Civil Veterinary Department. Madras. Admin. report 1926-33 - 1926-1933
Year: 1926
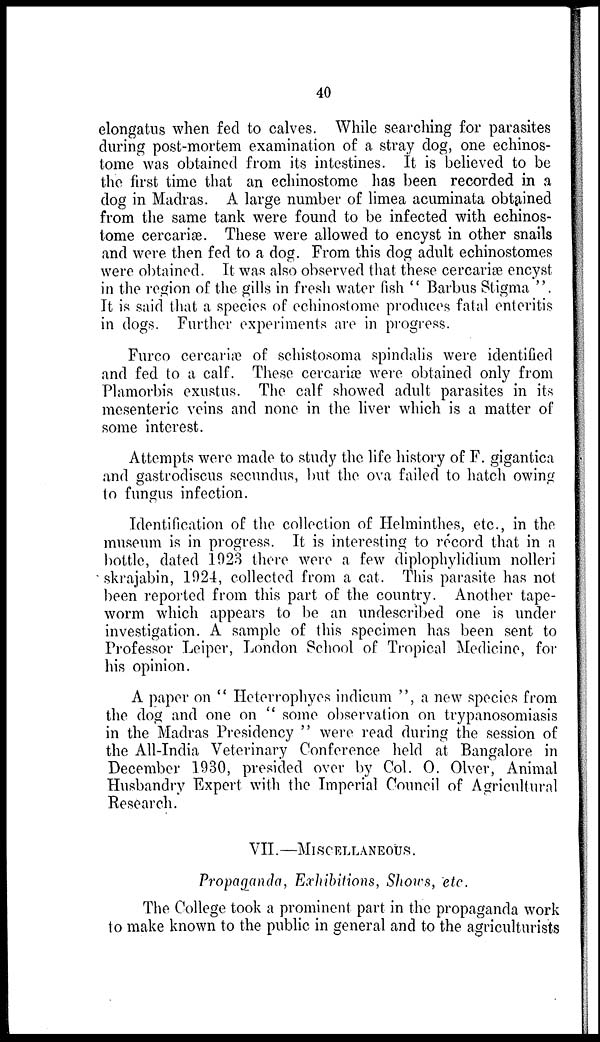
40
elongatus when fed to calves. While searching for parasites
during post-mortem examination of a stray dog, one echinos-
tome was obtained from its intestines. It is believed to be
the first time that an echinostome has been recorded in a
dog in Madras. A large number of limea acuminata obtained
from the same tank were found to be infected with echinos-
tome cercariæ. These were allowed to encyst in other snails
and were then fed to a dog. From this dog adult echinostomes
were obtained. It was also observed that these cercariæ encyst
in the region of the gills in fresh water fish " Barbus Stigma ".
It is said that a species of echinostome produces fatal enteritis
in dogs. Further experiments are in progress.
Furco cercariæ of schistosoma spindalis were identified
and fed to a calf. These cercariæ were obtained only from
Plamorbis exustus. The calf showed adult parasites in its
mesenteric veins and none in the liver which is a matter of
some interest.
Attempts were made to study the life history of F. gigantica
and gastrodiscus secundus, but the ova failed to hatch owing
to fungus infection.
Identification of the collection of Helminthes, etc., in the
museum is in progress. It is interesting to record that in a
bottle, dated 1923 there were a few diplophylidium nolleri
skrajabin, 1924, collected from a cat. This parasite has not
been reported from this part of the country. Another tape-
worm which appears to be an undescribed one is under
investigation. A sample of this specimen has been sent to
Professor Leiper, London School of Tropical Medicine, for
his opinion.
A paper on " Heterrophyes indicum ", a new species from
the dog and one on " some observation on trypanosomiasis
in the Madras Presidency " were read during the session of
the All-India Veterinary Conference held at Bangalore in
December 1930, presided over by Col. O. Olver, Animal
Husbandry Expert with the Imperial Council of Agricultural
Research.
VII.—MISCELLANEOUS.
Propaganda, Exhibitions, Shows, etc.
The College took a prominent part in the propaganda work
to make known to the public in general and to the agriculturists